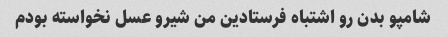
شامپو بدن رو اشتباه فرستادین من شیرو عسل نخواسته بودم